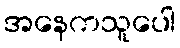
အနေကသူပေါ